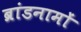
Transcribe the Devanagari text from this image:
ब्रांडनामों